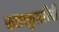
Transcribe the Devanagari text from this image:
कलाकुसरीची